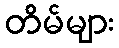
တိမ်များ